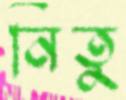
নিতু